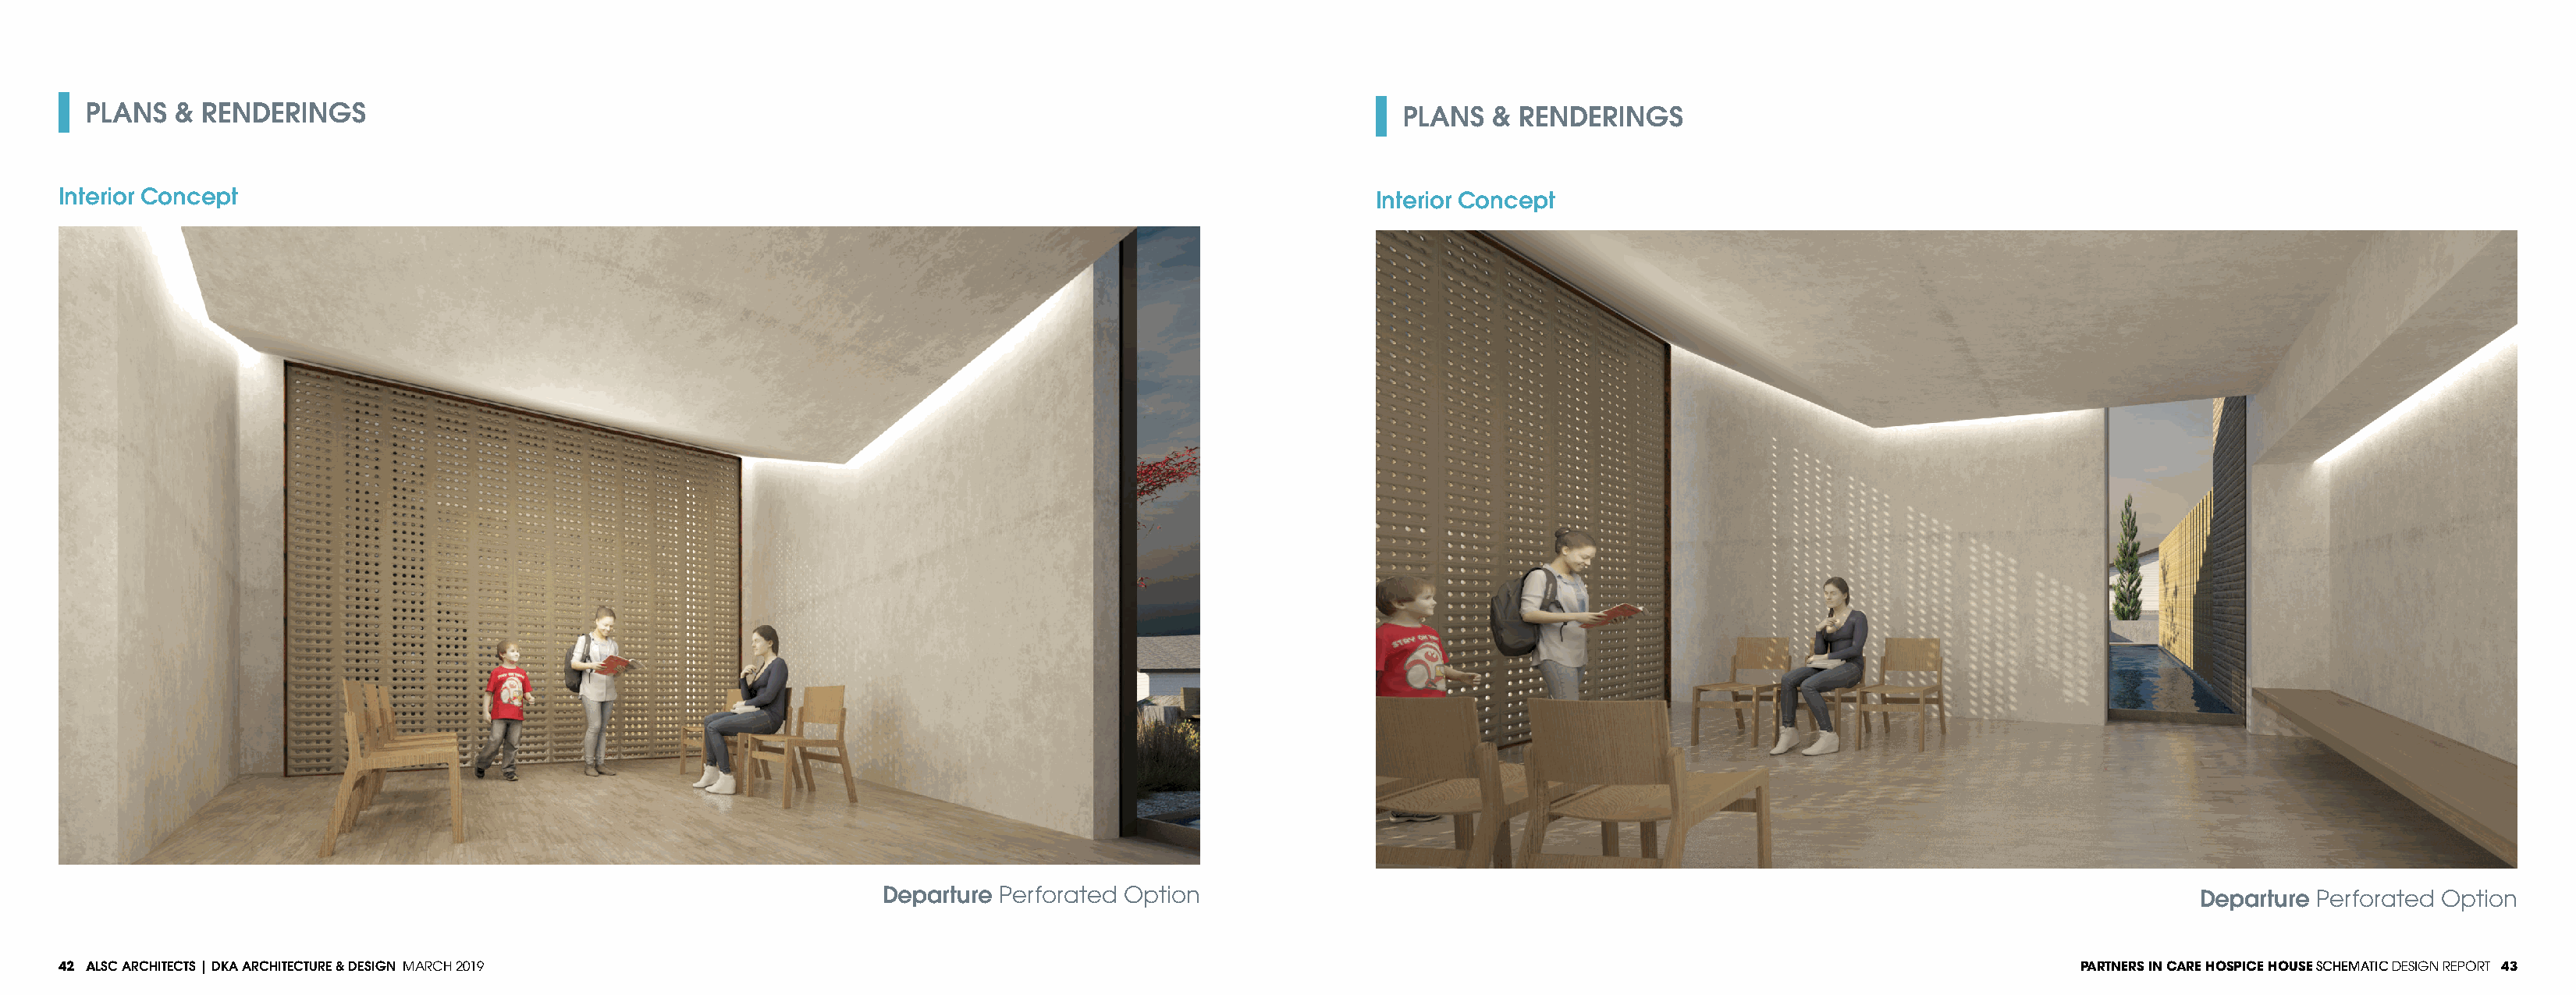
PLANS   & RENDERINGS                                                                                            PLANS   & RENDERINGS
 Interior Concept                                                                                                Interior Concept
 Departure Perforated Option                                                                                     Departure Perforated Option
 42 ALSC ARCHITECTS | DKA ARCHITECTURE & DESIGN MARCH 2019                                                                                                                  PARTNERS IN CARE HOSPICE HOUSE SCHEMATIC DESIGN REPORT 43